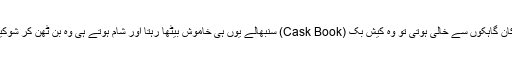
دوپہر میں عموماً جب دُکان گاہکوں سے خالی ہوتی تو وہ کیش بک (Cask Book) سنبھالے یوں ہی خاموش بیٹھا رہتا اور شام ہوتے ہی وہ بن ٹھن کر شوکیس کے اطراف ٹہلتا رہتا۔